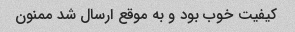
کیفیت خوب بود و به موقع ارسال شد ممنون